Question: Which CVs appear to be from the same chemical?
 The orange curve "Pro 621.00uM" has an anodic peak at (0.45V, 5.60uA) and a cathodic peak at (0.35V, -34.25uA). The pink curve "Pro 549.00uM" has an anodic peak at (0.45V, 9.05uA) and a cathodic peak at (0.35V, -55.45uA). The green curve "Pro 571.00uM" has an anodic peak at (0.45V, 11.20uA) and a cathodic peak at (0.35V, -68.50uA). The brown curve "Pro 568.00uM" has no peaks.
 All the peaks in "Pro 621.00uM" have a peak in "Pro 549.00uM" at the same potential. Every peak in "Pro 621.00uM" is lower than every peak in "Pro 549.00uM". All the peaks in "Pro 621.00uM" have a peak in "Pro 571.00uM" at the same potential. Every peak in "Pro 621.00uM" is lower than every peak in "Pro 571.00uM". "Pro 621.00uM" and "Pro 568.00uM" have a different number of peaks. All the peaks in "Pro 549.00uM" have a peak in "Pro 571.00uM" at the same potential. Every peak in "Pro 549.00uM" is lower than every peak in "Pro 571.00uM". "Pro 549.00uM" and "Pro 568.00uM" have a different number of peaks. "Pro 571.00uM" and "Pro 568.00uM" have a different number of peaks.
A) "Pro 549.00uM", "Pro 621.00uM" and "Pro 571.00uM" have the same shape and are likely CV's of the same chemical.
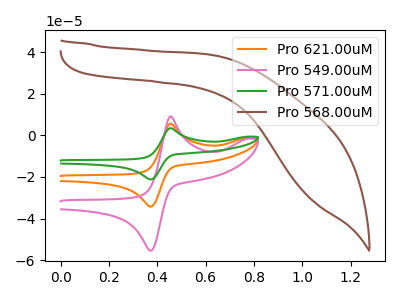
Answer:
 <answer>A) "Pro 549.00uM", "Pro 621.00uM" and "Pro 571.00uM" have the same shape and are likely CV's of the same chemical.</answer>
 <eval>A</eval>